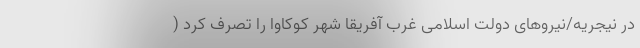
در نیجریه/نیروهای دولت اسلامی غرب آفریقا شهر کوکاوا را تصرف کرد (